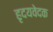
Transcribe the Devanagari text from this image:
हृदयवेदक